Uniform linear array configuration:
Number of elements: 48
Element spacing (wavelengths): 0.75
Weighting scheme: hamming
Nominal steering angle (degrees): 15
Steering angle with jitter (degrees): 15.8
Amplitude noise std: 0.05
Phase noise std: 0.05

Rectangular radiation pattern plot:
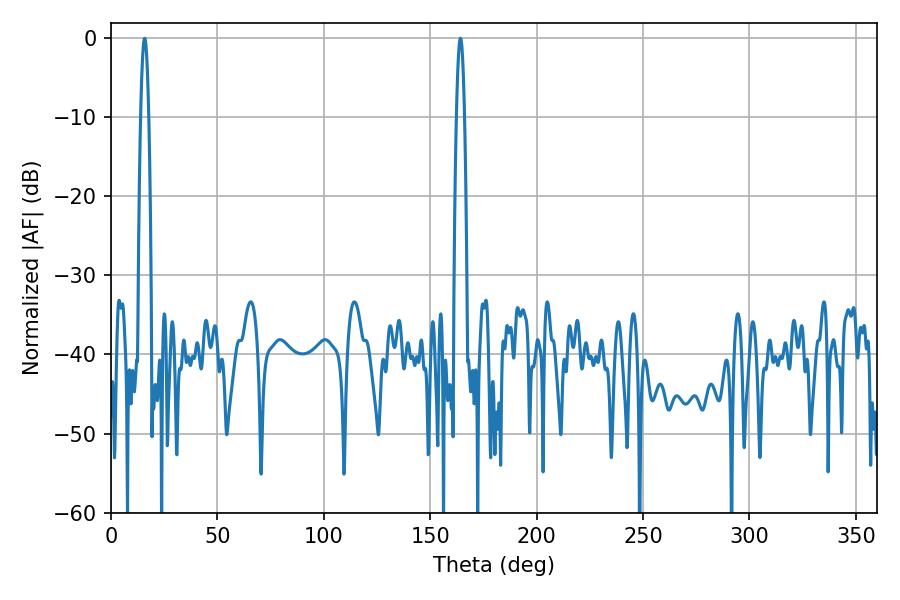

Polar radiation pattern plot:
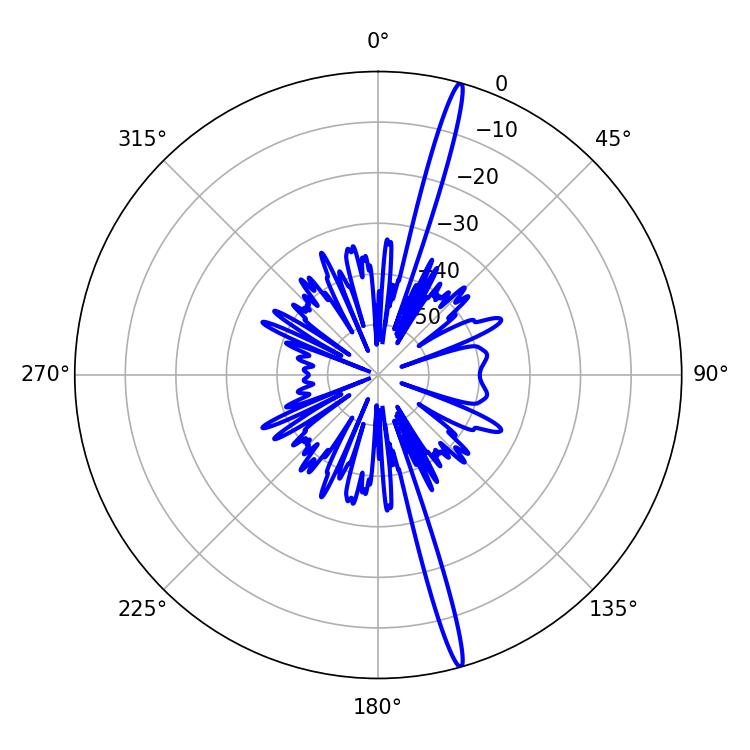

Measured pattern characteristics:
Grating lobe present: TRUE
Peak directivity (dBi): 19.609
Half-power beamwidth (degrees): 1.98
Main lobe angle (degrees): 164.16